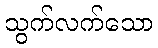
သွက်လက်သော